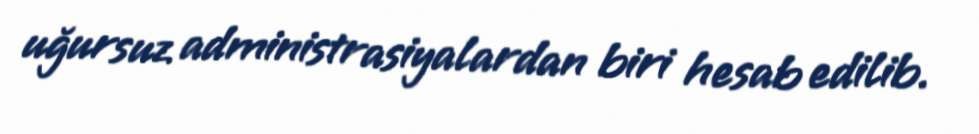
uğursuz administrasiyalardan biri hesab edilib.